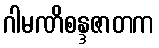
ဂါမဏိစန္ဒဇာတက